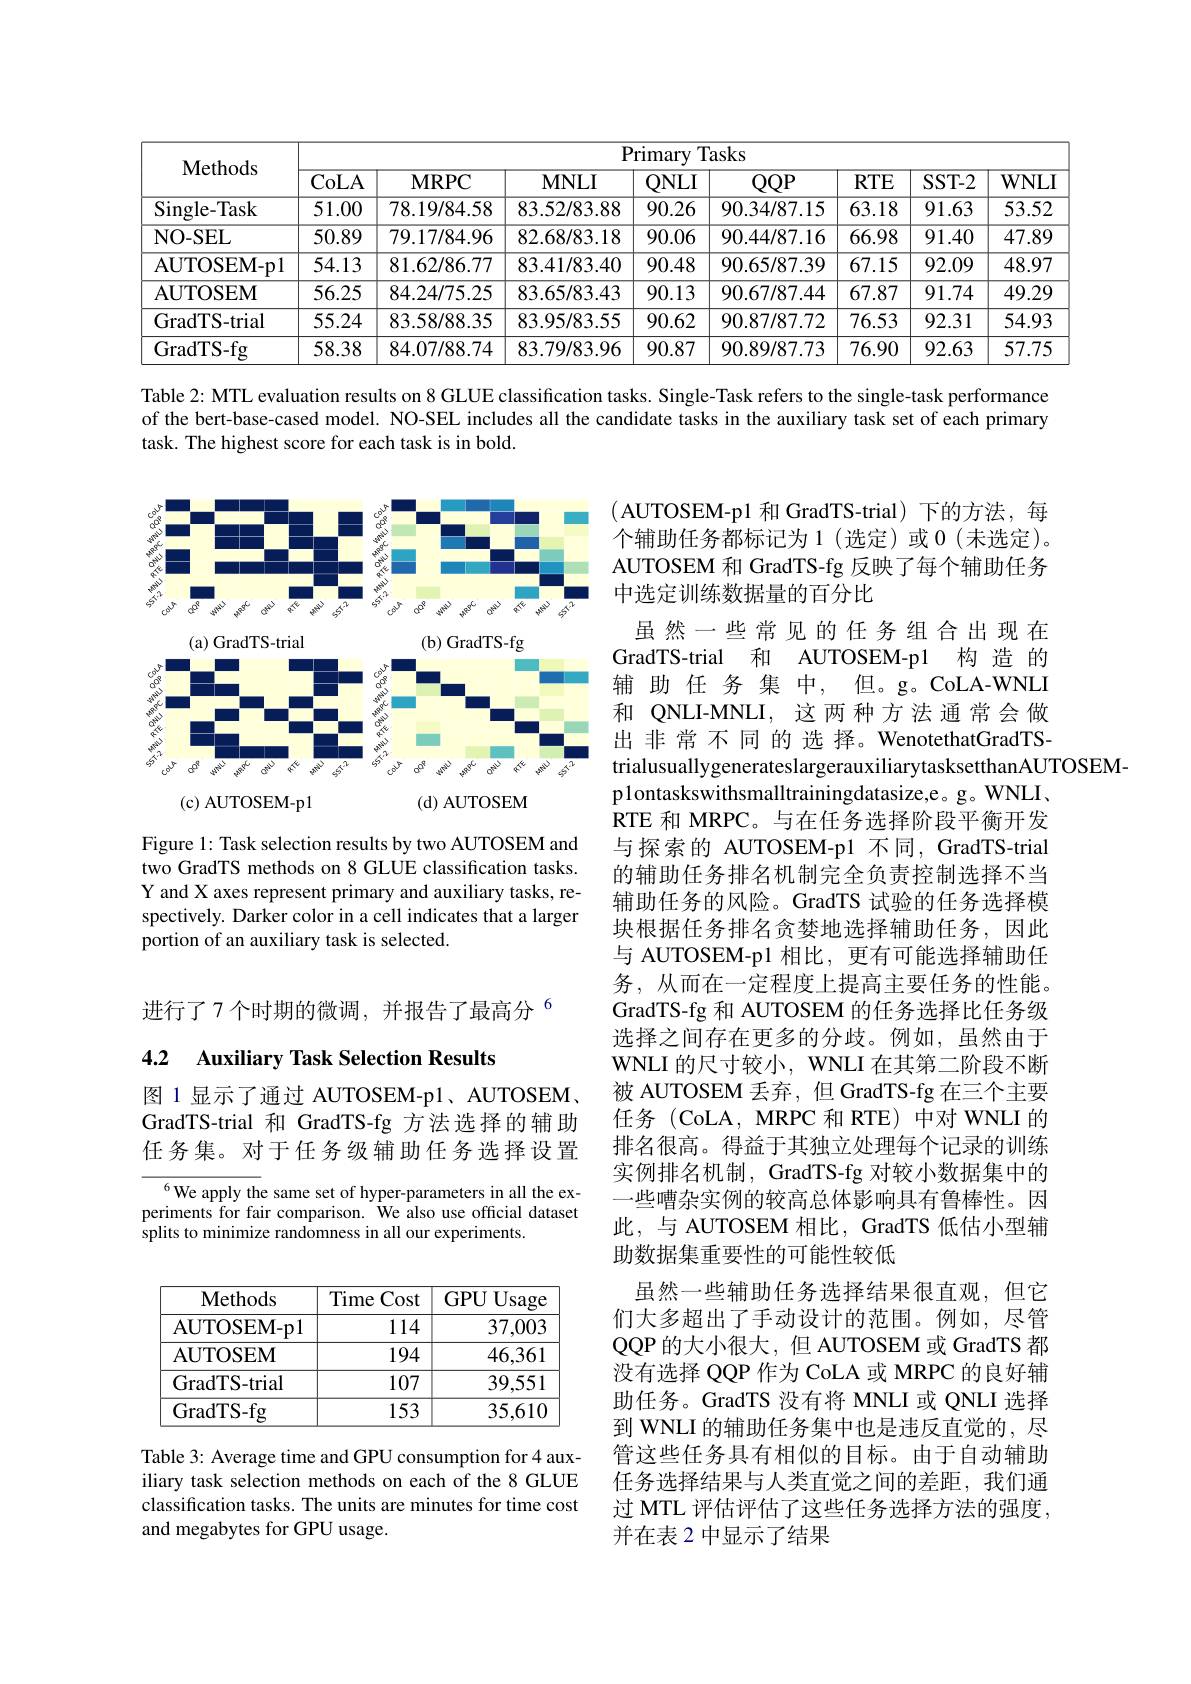
<table>
	<tbody>
		<tr>
			<th rowspan="2">$\mathbf{Methods}$</th>
			<th colspan="8">$\overline{{\mathrm{Primary~Tasks}}}$</th>
		</tr>
		<tr>
			<th>CoLA</th>
			<th>$\mathbf{MRPC}$</th>
			<th>$\mathbf{MNLI}$</th>
			<th>$QNLI$</th>
			<th>$QQP$</th>
			<th>$RTE$</th>
			<th>$SST-2$</th>
			<th>$\mathbf{WNLI}$</th>
		</tr>
		<tr>
			<td>$\operatorname{Single-Task}$</td>
			<td>51.00</td>
			<td>78.19/84.58</td>
			<td>83.52/83.88</td>
			<td>90.26</td>
			<td>90.34/87.15</td>
			<td>63.18</td>
			<td>91.63</td>
			<td>53.52</td>
		</tr>
		<tr>
			<td>NO- SEL</td>
			<td>50.89</td>
			<td>79.17/84.96</td>
			<td>82.68/83.18</td>
			<td>90.06</td>
			<td>90.44/87.16</td>
			<td>66.98</td>
			<td>91.40</td>
			<td>47.89</td>
		</tr>
		<tr>
			<td>AUTOSEM- p1</td>
			<td>54.13</td>
			<td>81.62/86.77</td>
			<td>83.41/83.40</td>
			<td>90.48</td>
			<td>90.65/87.39</td>
			<td>67.15</td>
			<td>92.09</td>
			<td>48.97</td>
		</tr>
		<tr>
			<td>AUTOSEM</td>
			<td>56.25</td>
			<td>84.24/75.25</td>
			<td>83.65/83.43</td>
			<td>90.13</td>
			<td>90.67/87.44</td>
			<td>67.87</td>
			<td>91.74</td>
			<td>49.29</td>
		</tr>
		<tr>
			<td>GradTS-trial</td>
			<td>55.24</td>
			<td>83.58/88.35</td>
			<td>83.95/83.55</td>
			<td>90.62</td>
			<td>90.87/87.72</td>
			<td>76.53</td>
			<td>92.31</td>
			<td>54.93</td>
		</tr>
		<tr>
			<td>GradTS-fg</td>
			<td>58.38</td>
			<td>84.07/88.74</td>
			<td>83.79/83.96</td>
			<td>90.87</td>
			<td>90.89/87.73</td>
			<td>76.90</td>
			<td>92.63</td>
			<td>57.75</td>
		</tr>
	</tbody>
</table>

Table 2: MTL evaluation results on 8 GLUE classification tasks. Single-Task refers to the single-task performance of the bert-base-cased model. NO-SEL includes all the candidate tasks in the auxiliary task set of each primary task. The highest score for each task is in bold.

<FigureHere>

Figure 1: Task selection results by two AUTOSEM and two GradTS methods on 8 GLUE classification tasks. Y and X axes represent primary and auxiliary tasks, respectively. Darker color in a cell indicates that a larger portion of an auxiliary task is selected.

进行了7个时期的微调，并报告了最高分$^{6}$

(AUTOSEM-p1 和 GradTS-trial)下的方法，每个辅助任务都标记为 1(选定)或 0(未选定)。AUTOSEM 和 GradTS-fg 反映了每个辅助任务中选定训练数据量的百分比
虽然一些常见的任务组合出现在GradTS-trial 和 AUTOSEM-p1 构 造 的辅助任务集中，但。g。CoLA-WNLI 和 QNLI-MNLI, 这两种方法通常会做出非常不同的选择。WenotethatGradTStrialusuallygenerateslargerauxiliarytasksetthanAUTOSEM-
p1ontaskswithsmalltrainingdatasize,e。g。WNLI、 RTE 和 MRPC。与在任务选择阶段平衡开发与探索的 AUTOSEM-p1 不同，GradTS-trial 的辅助任务排名机制完全负责控制选择不当辅助任务的风险。GradTS 试验的任务选择模块根据任务排名贪婪地选择辅助任务，因此与 AUTOSEM-p1 相比，更有可能选择辅助任务，从而在一定程度上提高主要任务的性能。GradTS-fg 和 AUTOSEM 的任务选择比任务级选择之间存在更多的分歧。例如，虽然由于WNLI 的尺寸较小，WNLI 在其第二阶段不断被 AUTOSEM 丢弃，但 GradTS-fg 在三个主要任务(CoLA,MRPC 和 RTE)中对 WNLI 的排名很高。得益于其独立处理每个记录的训练实例排名机制，GradTS-fg 对较小数据集中的一些嘈杂实例的较高总体影响具有鲁棒性。因此，与 AUTOSEM 相比，GradTS 低估小型辅助数据集重要性的可能性较低
虽然一些辅助任务选择结果很直观，但它们大多超出了手动设计的范围。例如，尽管QQP 的大小很大，但 AUTOSEM 或 GradTS 都没有选择 QQP 作为 CoLA 或 MRPC 的良好辅助任务。GradTS 没有将 MNLI 或 QNLI 选择到 WNLI 的辅助任务集中也是违反直觉的，尽管这些任务具有相似的目标。由于自动辅助任务选择结果与人类直觉之间的差距，我们通过 MTL 评估评估了这些任务选择方法的强度， 并在表 2 中显示了结果

## 4.2 Auxiliary Task Selection Results

图 1 显示了通过 AUTOSEM-p1、AUTOSEM、 GradTS-trial 和 GradTS-fg 方法选择的辅助任务集。对于任务级辅助任务选择设置

$^{6}$We apply the same set of hyper-parameters in all the experiments for fair comparison. We also use official dataset splits to minimize randomness in all our experiments.

<table>
	<tbody>
		<tr>
			<th>Methods</th>
			<th>Time Cost</th>
			<th>GPU Usage</th>
		</tr>
		<tr>
			<td>AUTOSEM- p1</td>
			<td>114</td>
			<td>37,003</td>
		</tr>
		<tr>
			<td>AUTOSEM</td>
			<td>194</td>
			<td>46,361</td>
		</tr>
		<tr>
			<td>GradTS-trial</td>
			<td>107</td>
			<td>39,551</td>
		</tr>
		<tr>
			<td>GradTS-fg</td>
			<td>153</td>
			<td>35,610</td>
		</tr>
	</tbody>
</table>

Table 3: Average time and GPU consumption for 4 auxiliary task selection methods on each of the 8 GLUE classification tasks. The units are minutes for time cost and megabytes for GPU usage.